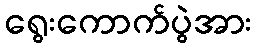
ရွေးကောက်ပွဲအား